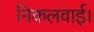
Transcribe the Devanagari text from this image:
निकलवाई।